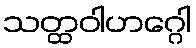
သတ္ထဝါဟဂ္ဂေါ